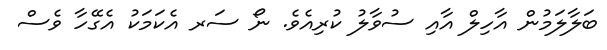
ބަލާލަމުން އާހިލް އާއި ސުވާލު ކުރިއެވެ. ނޯ ސަރ އެކަމަކު އެގޭހާ ވެސް